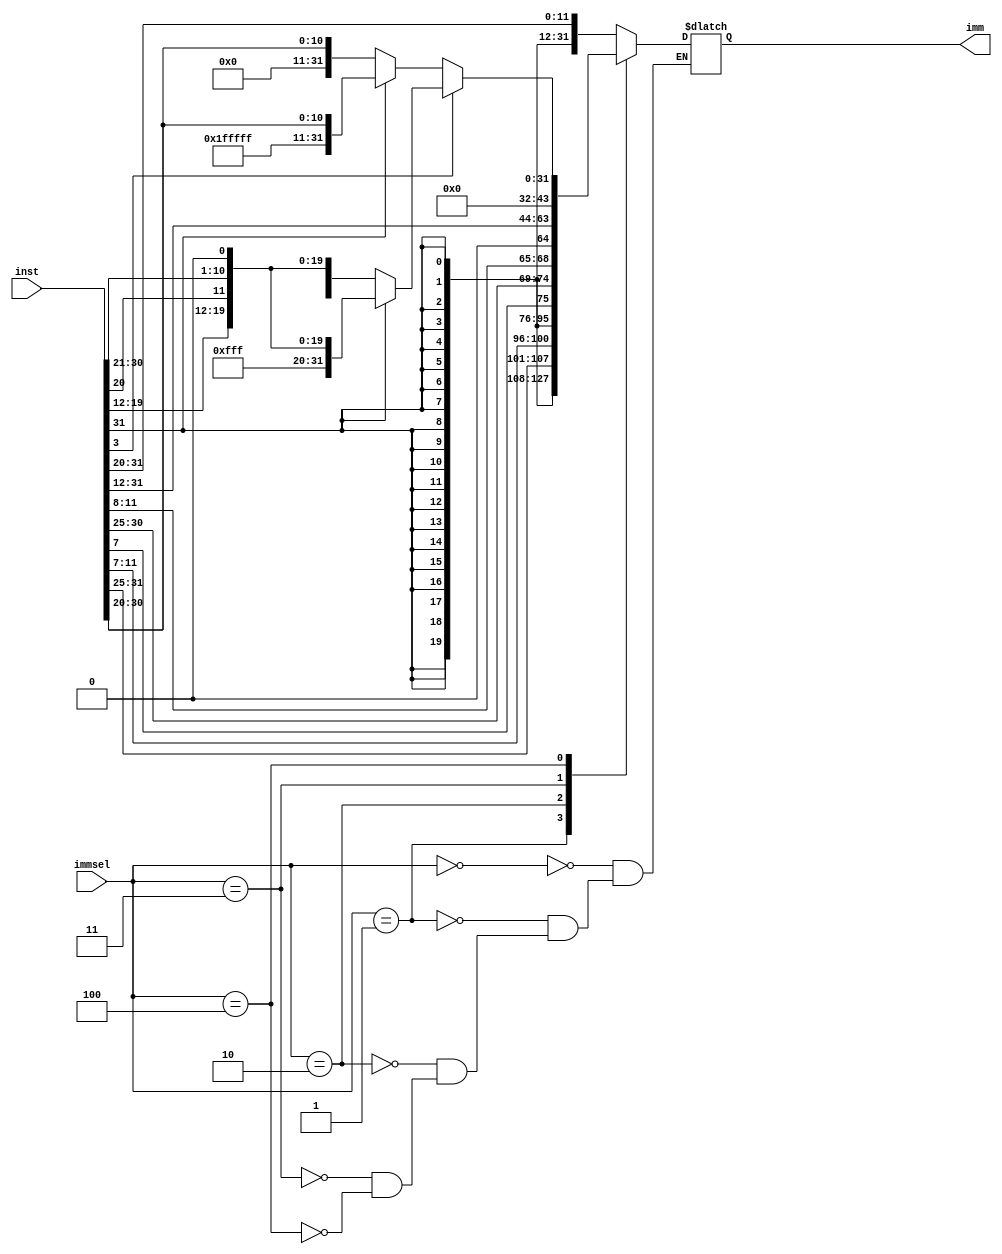
module immgen(inst,immsel,imm);
parameter WID_DATA=32;
input [WID_DATA-1:0] inst;
input [2:0] immsel;
output reg [WID_DATA-1:0] imm;

always@(inst or immsel)
begin
	case(immsel)
	3'b000:imm ={{20{inst[WID_DATA-1]}},inst[WID_DATA-1:WID_DATA-12]};
	3'b001: imm ={{20{inst[WID_DATA-1]}},inst[WID_DATA-1:WID_DATA-7],inst[WID_DATA-21:WID_DATA-25]};
	3'b010: imm = {{19{inst[WID_DATA - 1]}},inst[WID_DATA-1],inst[WID_DATA-25],inst[WID_DATA-2:WID_DATA-7],inst[WID_DATA-21:WID_DATA-24],1'b0}; 
	3'b011: imm = {inst[WID_DATA-1:WID_DATA-20],12'b0};
	3'b100:
	begin
		if(inst[3])
		begin
			if(inst[WID_DATA-1]) imm = {11'b1111_1111_111,inst[WID_DATA-1],inst[WID_DATA-13:WID_DATA-20],inst[WID_DATA-12],inst[WID_DATA-2:WID_DATA-11],1'b0};
			else imm = {11'b0000_0000_000,inst[WID_DATA-1],inst[WID_DATA-13:WID_DATA-20],inst[WID_DATA-12],inst[WID_DATA-2:WID_DATA-11],1'b0};
		end
		else
		begin
			if(inst[WID_DATA-1]) imm = {20'b11111111111111111111,inst[WID_DATA-1:WID_DATA-12]};
			else imm = {20'b00000000000000000000,inst[WID_DATA-1:WID_DATA-12]};
		end
	end	
	endcase
end
endmodule